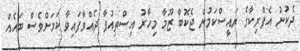
ދެކުނު އެފްރިކާގެ ރައީސްކަމުން ޖެކޮބް ޒޫމާ މިހާރު އިސްތިއުފާ ދެއްވާފައިވާ ކަމަށްވެސް ބައެއް